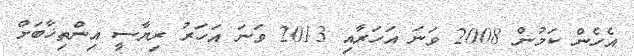
އެހެން ކަމުން 2008 ވަނަ އަހަރާއި 2013 ވަނަ އަހަރު ރިޔާސީ އިންތިޚާބަށް